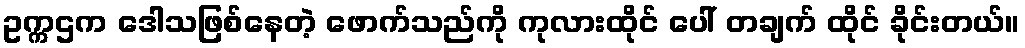
ဥက္ကဌက ဒေါသဖြစ်နေတဲ့ ဖောက်သည်ကို ကုလားထိုင် ပေါ် တချက် ထိုင် ခိုင်းတယ်။